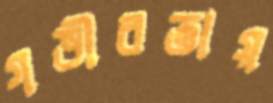
গভীরতায়